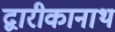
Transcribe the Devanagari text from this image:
द्वारीकानाथ